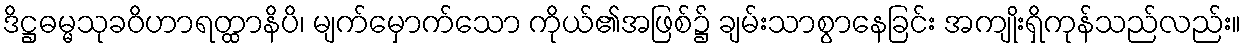
ဒိဋ္ဌဓမ္မသုခဝိဟာရတ္ထာနိပိ၊ မျက်မှောက်သော ကိုယ်၏အဖြစ်၌ ချမ်းသာစွာနေခြင်း အကျိုးရှိကုန်သည်လည်း။